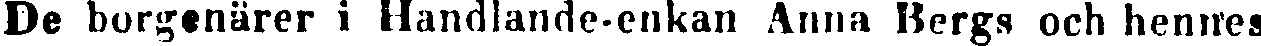
De borgenärer i Handlande-enkan Anna Bergs och hennes